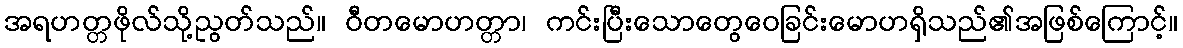
အရဟတ္တဖိုလ်သို့ညွတ်သည်။ ဝီတမောဟတ္တာ၊ ကင်းပြီးသောတွေဝေခြင်းမောဟရှိသည်၏အဖြစ်ကြောင့်။